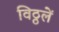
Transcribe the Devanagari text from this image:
विठ्ठलें